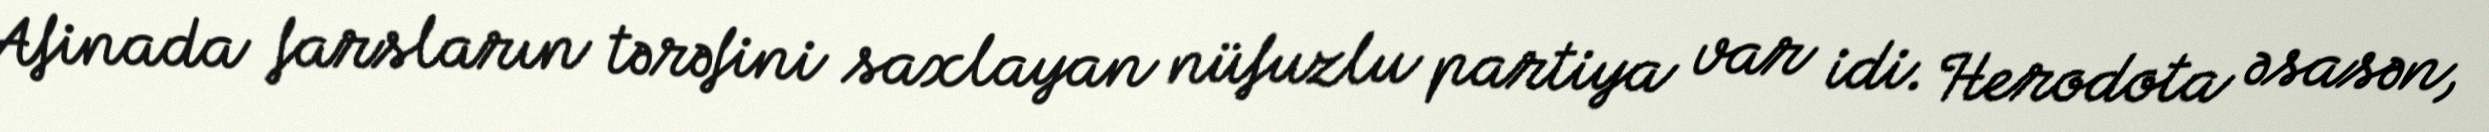
Afinada farsların tərəfini saxlayan nüfuzlu partiya var idi. Herodota əsasən,